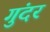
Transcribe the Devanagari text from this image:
गुंदर